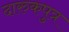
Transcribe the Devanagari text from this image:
दारुकपुत्र